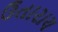
ઉતારાય